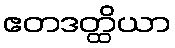
ဧတဒတ္ထိယာ